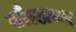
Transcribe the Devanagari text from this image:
सोरठाच्या